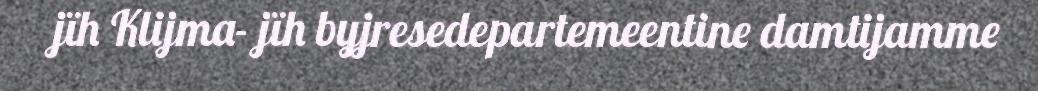
jïh Klijma- jïh byjresedepartemeentine damtijamme